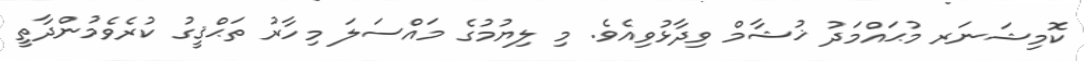
ކޮމިޝަނަރ މުޙައްމަދު ޚުޝާމް ވިދާޅުވިއެވެ. މި ލިޔުމުގެ މައްސަލަ މިހާރު ތަޙްޤީގު ކުރެވެމުންދާތީ